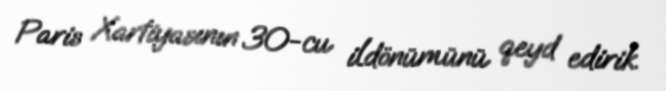
Paris Xartiyasının 30-cu ildönümünü qeyd edirik.